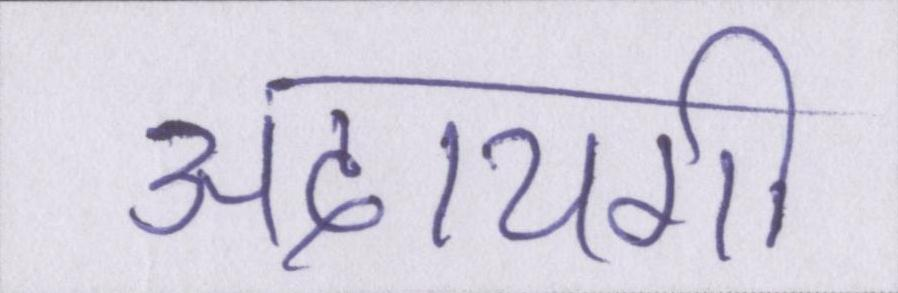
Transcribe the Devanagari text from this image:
अदायगी